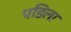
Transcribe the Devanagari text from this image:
पडिला